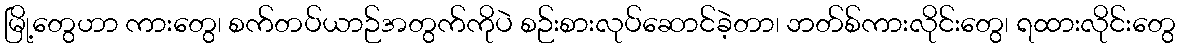
မြို့တွေဟာ ကားတွေ၊ စက်တပ်ယာဉ်အတွက်ကိုပဲ စဉ်းစားလုပ်ဆောင်ခဲ့တာ၊ ဘတ်စ်ကားလိုင်းတွေ၊ ရထားလိုင်းတွေ